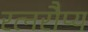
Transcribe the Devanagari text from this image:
रत्नरौप्य